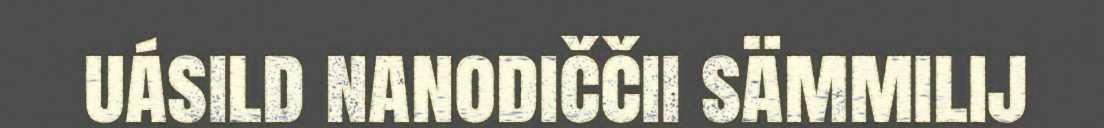
uásild nanodiččii sämmilij